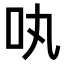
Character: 𠮬